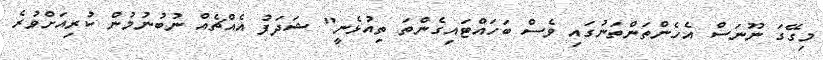
މިގޭގަ ނޫނަސް އެހެންތަންތަނުގައި ވެސް ބަހައްޓައިގެންތަ ތިއުޅެނީ" ޝަދަފު އެއްޗެއް ނުބުނުމުން ކުރިއަށްވުރެ